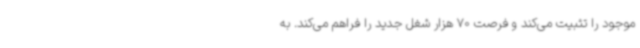
موجود را تثبیت می‌کند و فرصت 70 هزار شغل جدید را فراهم می‌کند. به